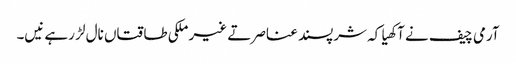
آرمی چیف نے آکھیا کہ شرپسند عناصر تے غیر ملکی طاقتاں نال لڑ رہے نیں۔